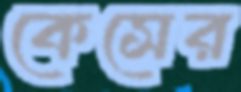
কেসের